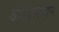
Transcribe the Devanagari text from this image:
अंडोत्पादन